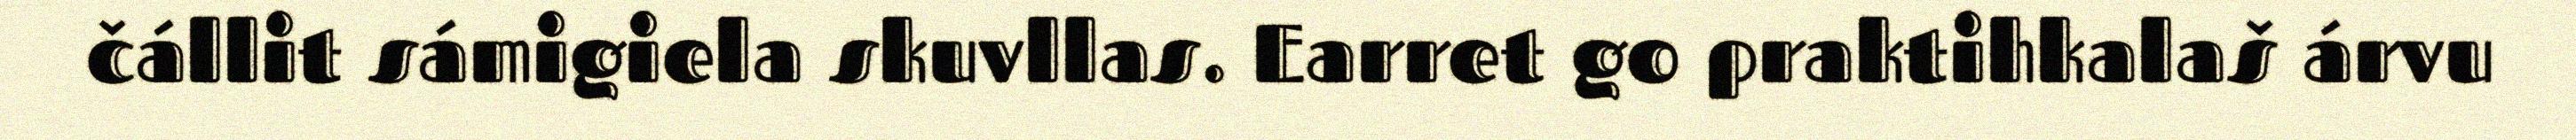
čállit sámigiela skuvllas. Earret go praktihkalaš árvu